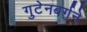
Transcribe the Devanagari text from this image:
गुटेनबर्गने